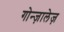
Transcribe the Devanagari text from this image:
गोन्ज़ालेज़